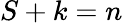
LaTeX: S+k=n